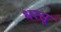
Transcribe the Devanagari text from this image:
धरसू